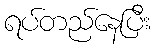
ရပ်တည်နေပြီး